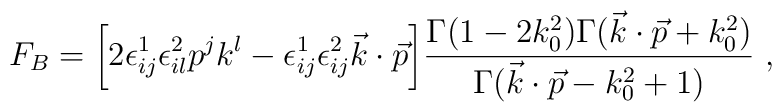
F_B=\bigg [ 2 \epsilon^1_{ij}\epsilon^2_{il} p^j k^l -\epsilon^1_{ij}\epsilon^2_{ij}\vec k\cdot \vec p\bigg ]{\Gamma (1-2k_0^2) \Gamma (\vec k\cdot \vec p +k_0^2)\over\Gamma (\vec k\cdot \vec p-k_0^2+1)} \ ,